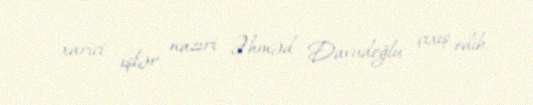
xarici işlər naziri Əhməd Davudoğlu çıxış edib.